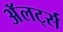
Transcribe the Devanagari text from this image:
अॅलर्ट्स